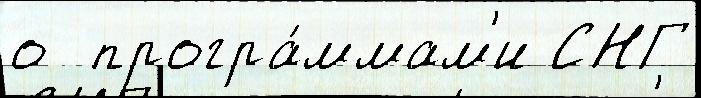
о  програ́ммам'и СНГ